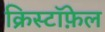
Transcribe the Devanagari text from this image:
क्रिस्टॉफ़ेल